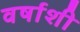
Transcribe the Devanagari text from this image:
वर्षाशी